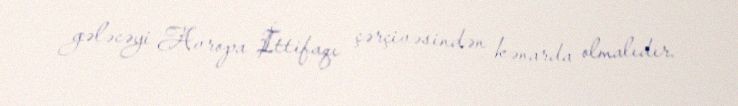
gələcəyi Avropa İttifaqı çərçivəsindən kənarda olmalıdır.